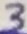
Text: 3